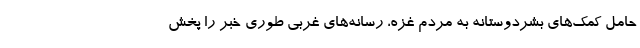
حامل کمک‌های بشردوستانه به مردم غزه، رسانه‌های غربی طوری خبر را پخش